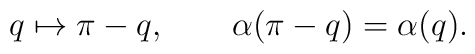
q\mapsto \pi-q,\qquad \alpha(\pi-q)=\alpha(q).